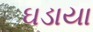
ઘડાયા